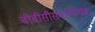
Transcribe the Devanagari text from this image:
बीबीसीसमालोचक